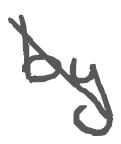
Text: by
Cross-out: mix
Writing tool: digital_gray